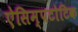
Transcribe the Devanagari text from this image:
ऐसिम्पटोटिक